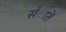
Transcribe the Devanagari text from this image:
संातें